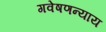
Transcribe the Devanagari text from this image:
गवेषणन्याय